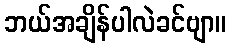
ဘယ်အချိန်ပါလဲခင်ဗျာ။